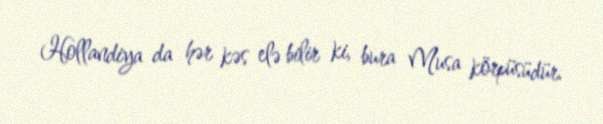
Hollandiya da hər kəs elə bilir ki, bura Musa körpüsüdür.